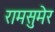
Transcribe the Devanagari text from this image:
रामसुमेर